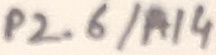
Text: P2.6/A14